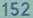
152